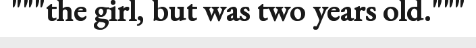
"""the girl, but was two years old."""